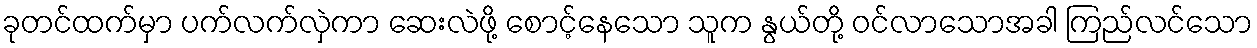
ခုတင်ထက်မှာ ပက်လက်လှဲကာ ဆေးလဲဖို့ စောင့်နေသော သူက နွယ်တို့ ဝင်လာသောအခါ ကြည်လင်သော